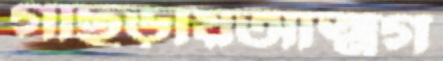
গাছড়ায়আত্মগ